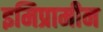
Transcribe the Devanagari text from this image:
इमिप्रामीन